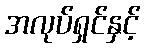
အလုပ်ရှင်နှင့်